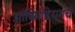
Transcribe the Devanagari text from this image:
ऑब्सिडियमचे